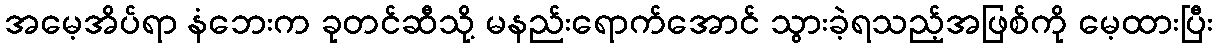
အမေ့အိပ်ရာ နံဘေးက ခုတင်ဆီသို့ မနည်းရောက်အောင် သွားခဲ့ရသည့်အဖြစ်ကို မေ့ထားပြီး